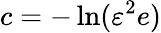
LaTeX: c=-\ln(\varepsilon^{2}e)